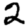
Digit: 2